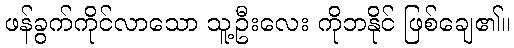
ဖန်ခွက်ကိုင်လာသော သူ့ဦးလေး ကိုဘနိုင် ဖြစ်ချေ၏။